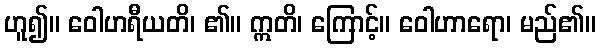
ဟူ၍။ ဝေါဟရီယတိ၊ ၏။ ဣတိ၊ ကြောင့်။ ဝေါဟာရော၊ မည်၏။